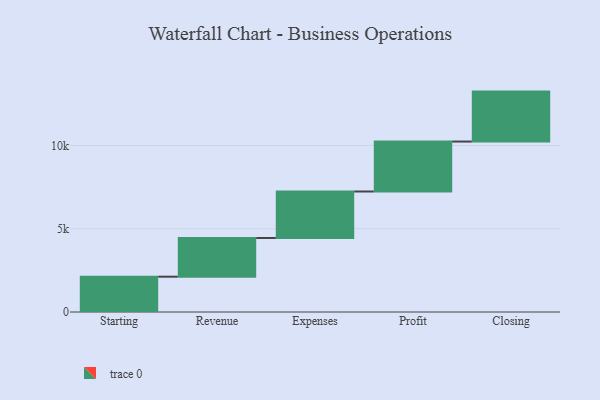
{"axis": {"x": "Step", "y": "Value"}, "legend": [""], "data": [{"x": "Starting", "y": 2120.0, "type": ""}, {"x": "Revenue", "y": 2326.0, "type": ""}, {"x": "Expenses", "y": 2791.0, "type": ""}, {"x": "Profit", "y": 3000, "type": ""}, {"x": "Closing", "y": 3000, "type": ""}]}